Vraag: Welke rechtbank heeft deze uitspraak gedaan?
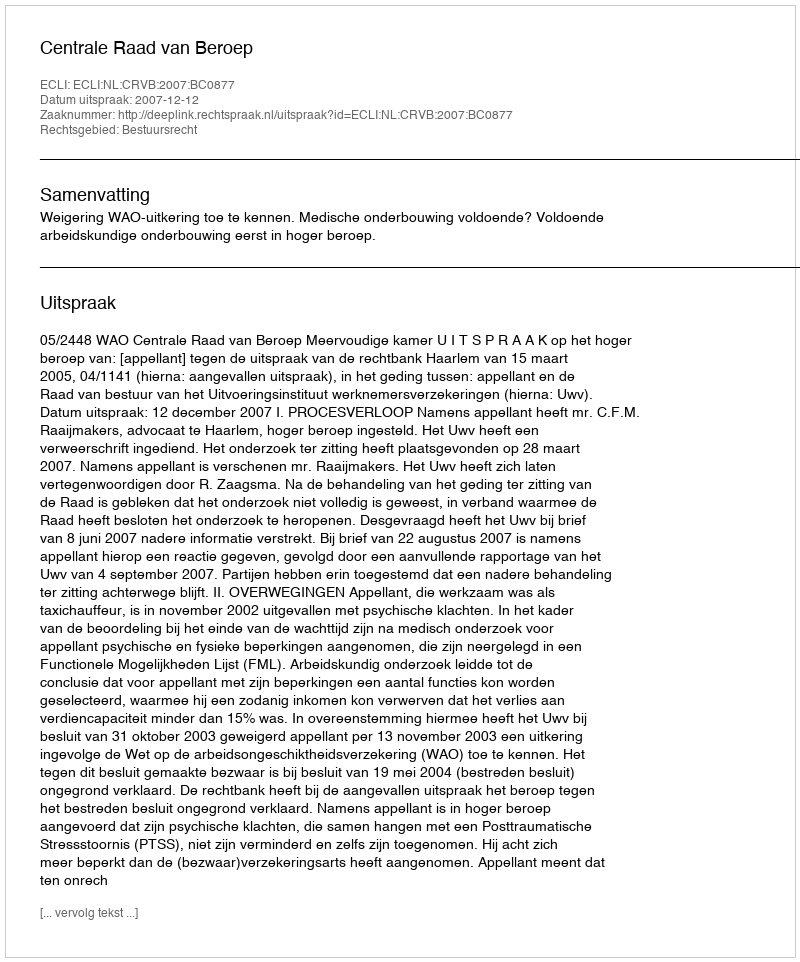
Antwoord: Centrale Raad van Beroep